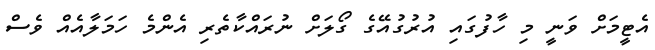
އެޓީމަށް ވަނީ މި ހާފުގައި އުރުގުއޭގެ ގޯލަށް ނުރައްކާތެރި އެންމެ ހަމަލާއެއް ވެސް